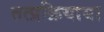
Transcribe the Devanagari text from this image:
तत्प्रक्रियाया